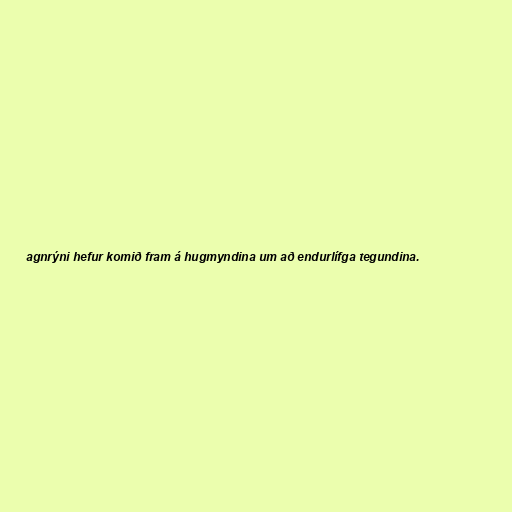
agnrýni hefur komið fram á hugmyndina um að endurlífga tegundina.